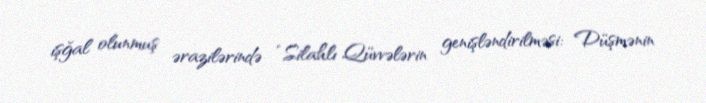
işğal olunmuş ərazilərində “Silahlı Qüvvələrin genişləndirilməsi: Düşmənin